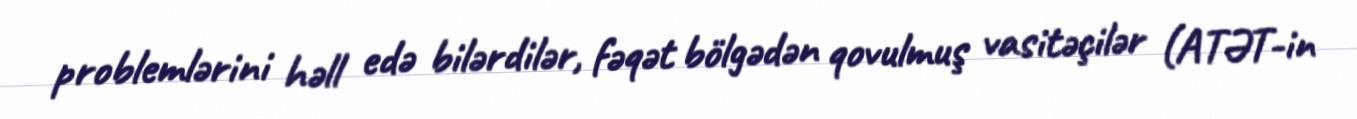
problemlərini həll edə bilərdilər, fəqət bölgədən qovulmuş vasitəçilər (ATƏT-in